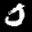
Label: 0